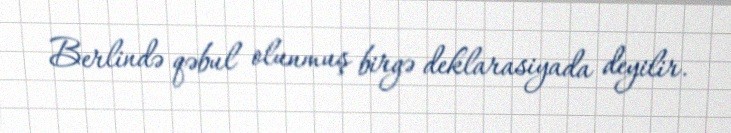
Berlində qəbul olunmuş birgə deklarasiyada deyilir.